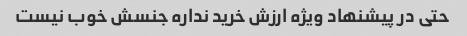
حتی در پیشنهاد ویژه ارزش خرید نداره جنسش خوب نیست